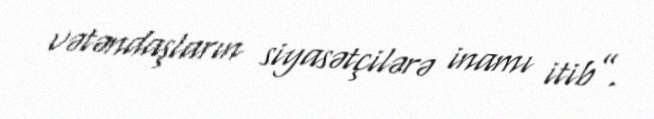
vətəndaşların siyasətçilərə inamı itib”.